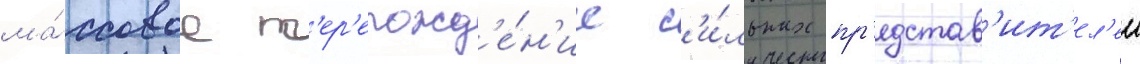
ма́ссовое п'ер'ерожд'е́н'ие с'и́льных пр'едстав'ит'ел'еи